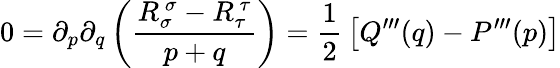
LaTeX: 0=\partial_{p}\partial_{q}\left({\frac{R_{\sigma}^{\ \sigma}-R_{\tau}^{\ \tau}}{p+q}}\right)={\frac{1}{2}}\left[Q^{\prime\prime\prime}(q)-P^{\prime\prime\prime}(p)\right]